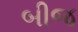
બીજ